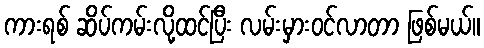
ကားရစ် ဆိပ်ကမ်းလို့ထင်ပြီး လမ်းမှားဝင်လာတာ ဖြစ်မယ်။